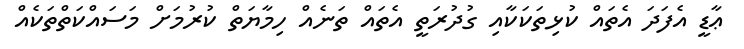
ޢާޑީ އެފަދަ އެތައް ކުޅިތަކަކާއި ގުދުރަތީ އެތައް ތަނެއް ހިމާޔަތް ކުރުމަށް މަސައްކަތްތަކެއް